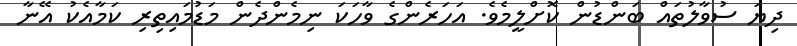
ދިޔަ ސުވާލުތައް ބަންޑުން ކޮށްލީމެވެ. އަހަރެންގެ ވާހަކަ ނިމެންދެން މަޑުމައިތިރި ކަމާއެކު އޭނާ